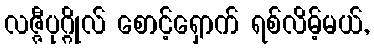
လဇ္ဇီပုဂ္ဂိုလ် စောင့်ရှောက် ရစ်လိမ့်မယ်,